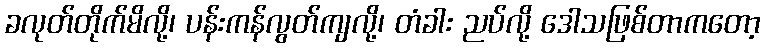
ခလုတ်တိုက်မိလို့၊ ပန်းကန်လွတ်ကျလို့၊ တံခါး ညပ်လို့ ဒေါသဖြစ်တာကတော့